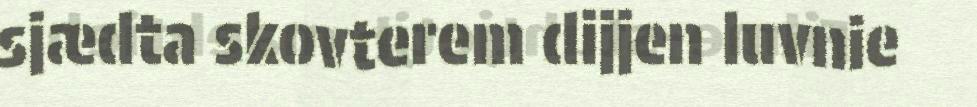
sjædta skovterem dijjen luvnie